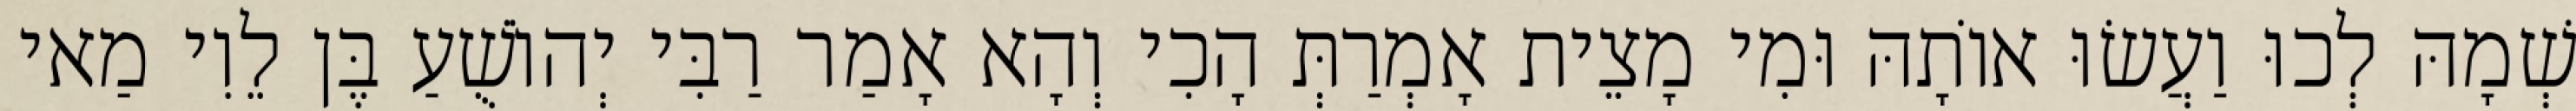
שְׁמָהּ לְכוּ וַעֲשׂוּ אוֹתָהּ וּמִי מָצֵית אָמְרַתְּ הָכִי וְהָא אָמַר רַבִּי יְהוֹשֻׁעַ בֶּן לֵוִי מַאי